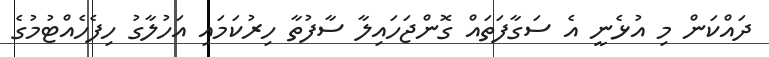
ދައްކަން މި އުޅެނީ އެ ސަގާފަތައް ގޮންޖަހައިލާ ސާފުތާ ހިރުކަމައި އަހުލާގު ހިފެހެއްޓުމުގެ